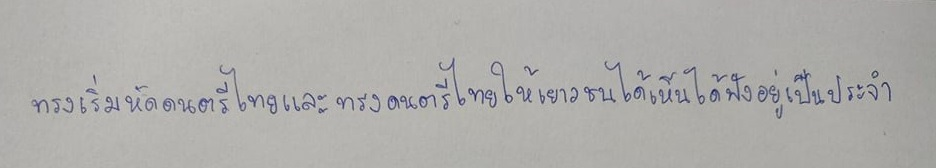
ทรงเริ่มหัดดนตรีไทยและทรงดนตรีไทยให้เยาวชนได้เห็นได้ฟังอยู่เป็นประจำ